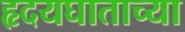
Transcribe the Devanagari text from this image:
हृदयघाताच्या